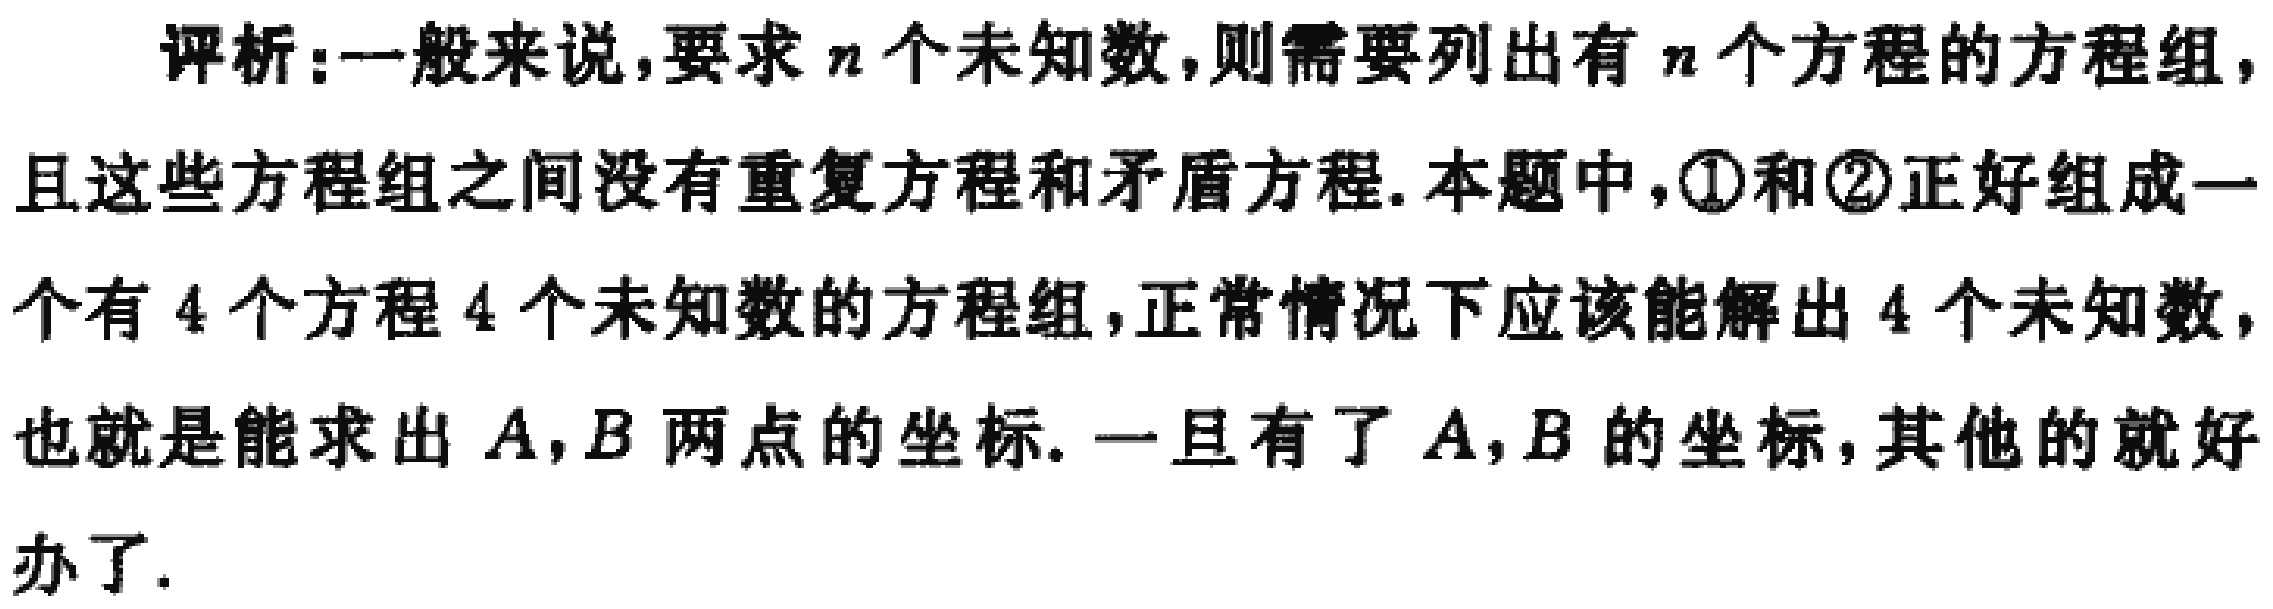
评析：一般来说，要求\(n\)个未知数，则需要列出有\(n\)个方程的方程组，且这些方程组之间没有重复方程和矛盾方程. 本题中，\textcircled{1}和\textcircled{2}正好组成一个有 \(4\) 个方程 \(4\) 个未知数的方程组，正常情况下应该能解出 \(4\) 个未知数，也就是能求出 \(A,B\) 两点的坐标. 一旦有了 \(A,B\) 的坐标，其他的就好办了.